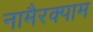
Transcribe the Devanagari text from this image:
नामैरक्पाम